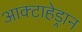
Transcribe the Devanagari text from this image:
आक्टाहेड्रान